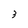
Character: 3